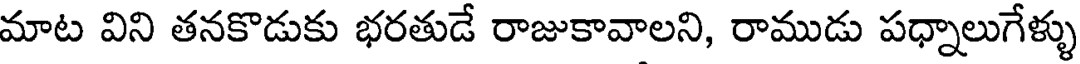
మాట విని తనకొడుకు భరతుడే రాజుకావాలని, రాముడు పధ్నాలుగేళ్ళు